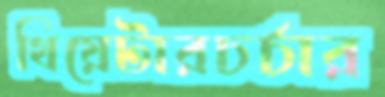
থিয়েটারচর্চার